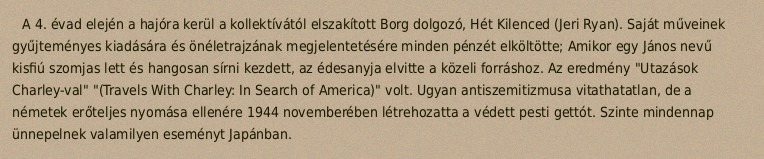
A 4. évad elején a hajóra kerül a kollektívától elszakított Borg dolgozó, Hét Kilenced (Jeri Ryan). Saját műveinek gyűjteményes kiadására és önéletrajzának megjelentetésére minden pénzét elköltötte; Amikor egy János nevű kisfiú szomjas lett és hangosan sírni kezdett, az édesanyja elvitte a közeli forráshoz. Az eredmény "Utazások Charley-val" "(Travels With Charley: In Search of America)" volt. Ugyan antiszemitizmusa vitathatatlan, de a németek erőteljes nyomása ellenére 1944 novemberében létrehozatta a védett pesti gettót. Szinte mindennap ünnepelnek valamilyen eseményt Japánban.